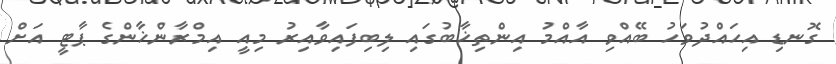
ގޮނޑި އިހައްދުވަހު ބޭއްވި އާއްމު އިންތިޚާބުގައި ލިބިފައިވާއިރު މިއީ އިމްރާންޚާންގެ ޕާޓީ އަށް